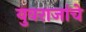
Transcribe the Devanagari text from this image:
युवराजांचे